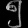
Digit: ၅